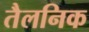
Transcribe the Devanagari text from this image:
तैलनिक